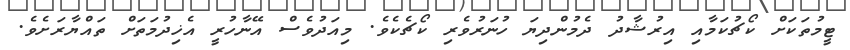
ޓީމުތަކަށް ކޯޗުކަމާއި އިރުޝާދު ދެމުންދިޔަ ހުނަރުވެރި ކޯޗެކެވެ. މިއަދުވެސް އޭނާހުރީ އެޚިދުމަތަށް ތައްޔާރަށެވެ.